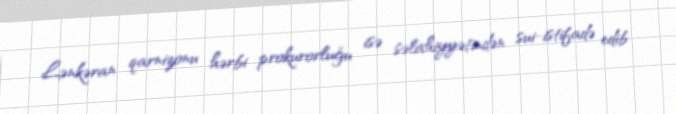
Lənkəran qarnizonu hərbi prokurorluğu isə səlahiyyətindən sui-istifadə edib